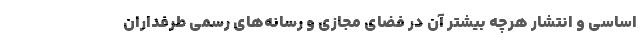
اساسی و انتشار هرچه بیشتر آن در فضای مجازی و رسانه‌های رسمی طرفداران